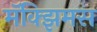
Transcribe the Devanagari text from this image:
मॅक्झिमस